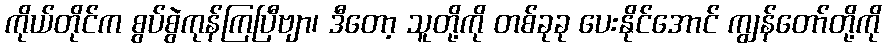
ကိုယ်တိုင်က စွပ်စွဲကုန်ကြပြီဗျာ၊ ဒီတော့ သူတို့ကို တစ်ခုခု ပေးနိုင်အောင် ကျွန်တော်တို့ကို